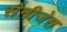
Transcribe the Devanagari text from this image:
सेनीजेस